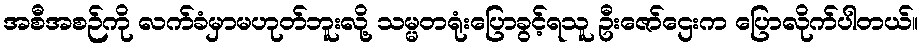
အစီအစဉ်ကို လက်ခံမှာမဟုတ်ဘူးလို့ သမ္မတရုံးပြောခွင့်ရသူ ဦးဇော်ဌေးက ပြောလိုက်ပါတယ်။